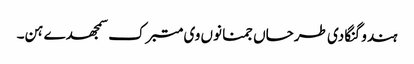
ہندو گنگا دی طرحاں جمنا نوں وی متبرک سمجھدے ہن۔